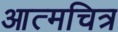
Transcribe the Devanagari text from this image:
आत्मचित्र